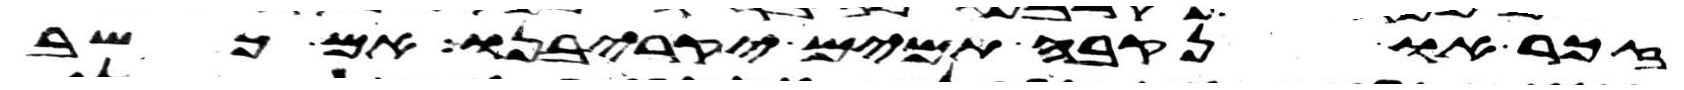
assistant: זכר או נקבה תמים יקריבנו אם כשב